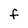
Character: F